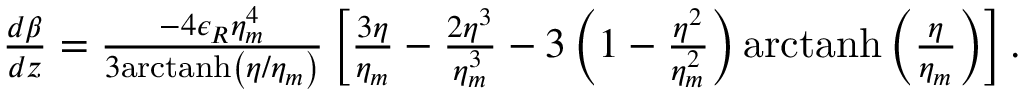
\begin{array} { r l r } & { } & { \! \! \! \! \! \! \! \! \frac { d \beta } { d z } = \frac { - 4 \epsilon _ { R } \eta _ { m } ^ { 4 } } { 3 \mathrm { a r c t a n h } \left( \eta / \eta _ { m } \right) } \left[ \frac { 3 \eta } { \eta _ { m } } - \frac { 2 \eta ^ { 3 } } { \eta _ { m } ^ { 3 } } - 3 \left( 1 - \frac { \eta ^ { 2 } } { \eta _ { m } ^ { 2 } } \right) \mathrm { a r c t a n h } \left( \frac { \eta } { \eta _ { m } } \right) \right] . } \end{array}